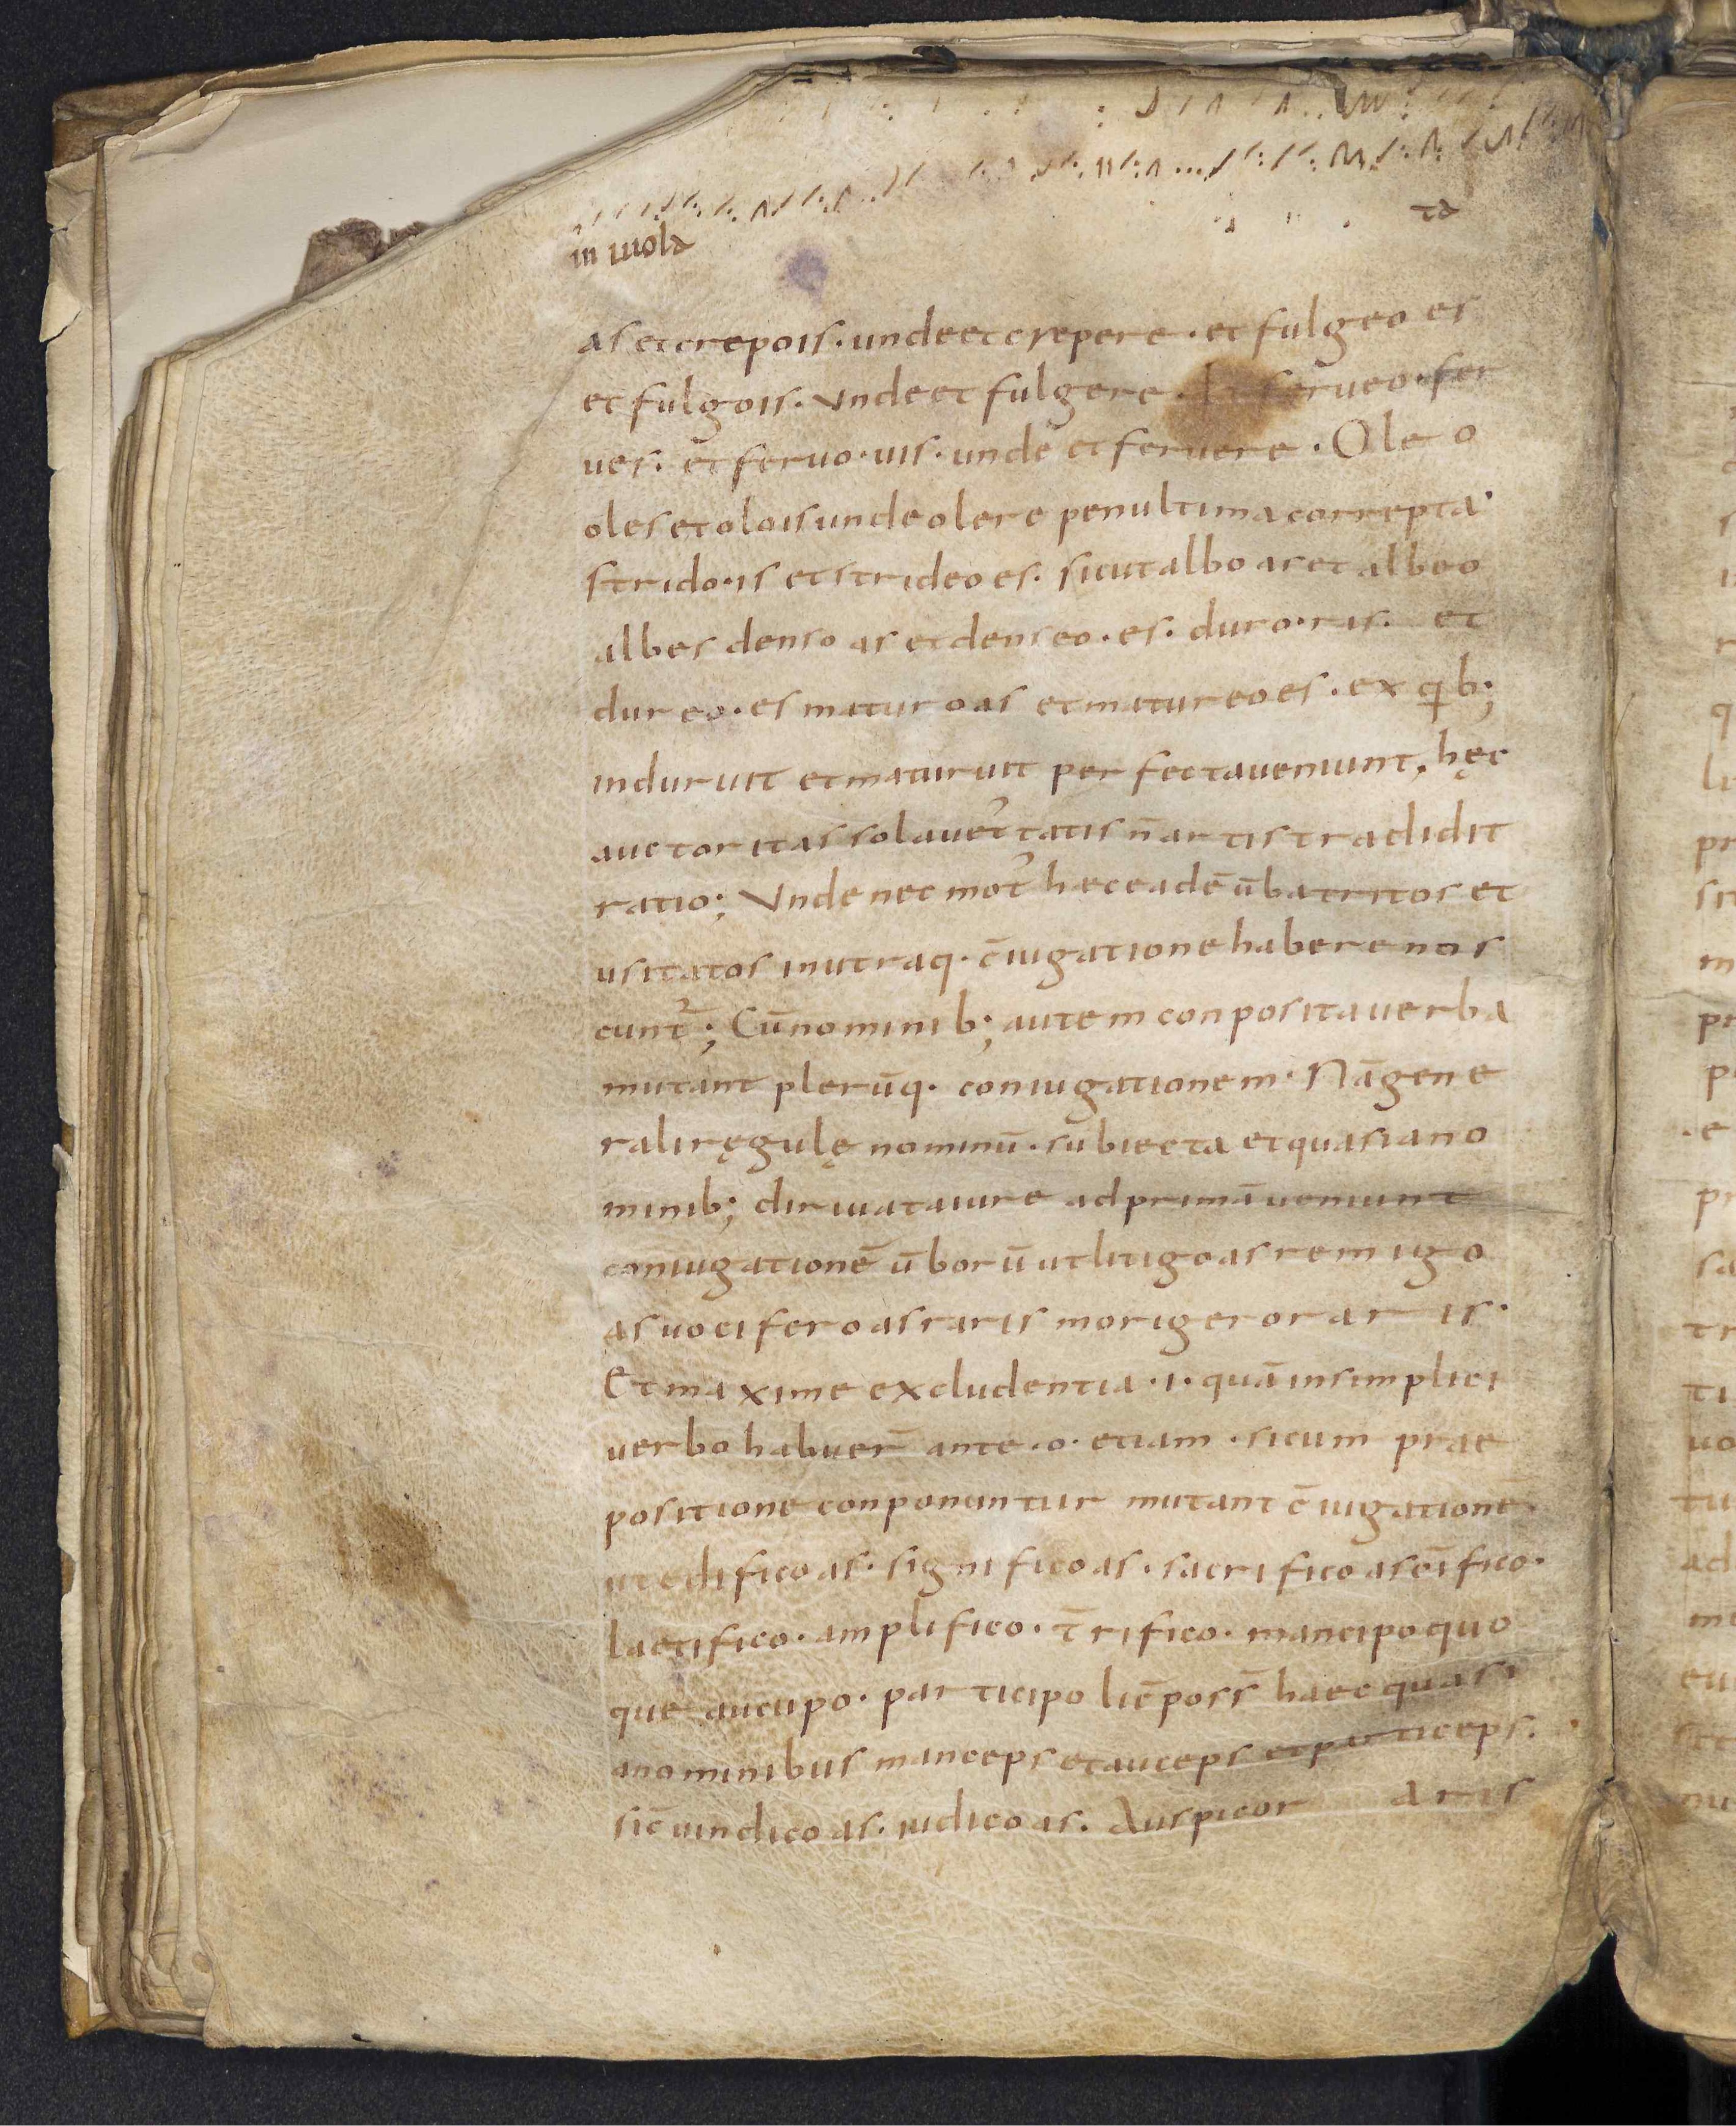
Shelfmark: Leiden, Bibliotheek der Rijksuniversiteit, Voss. Lat. O 41
Century: 9